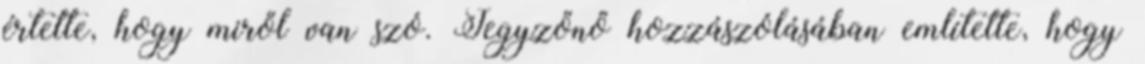
értette, hogy miről van szó. Jegyzőnő hozzászólásában említette, hogy